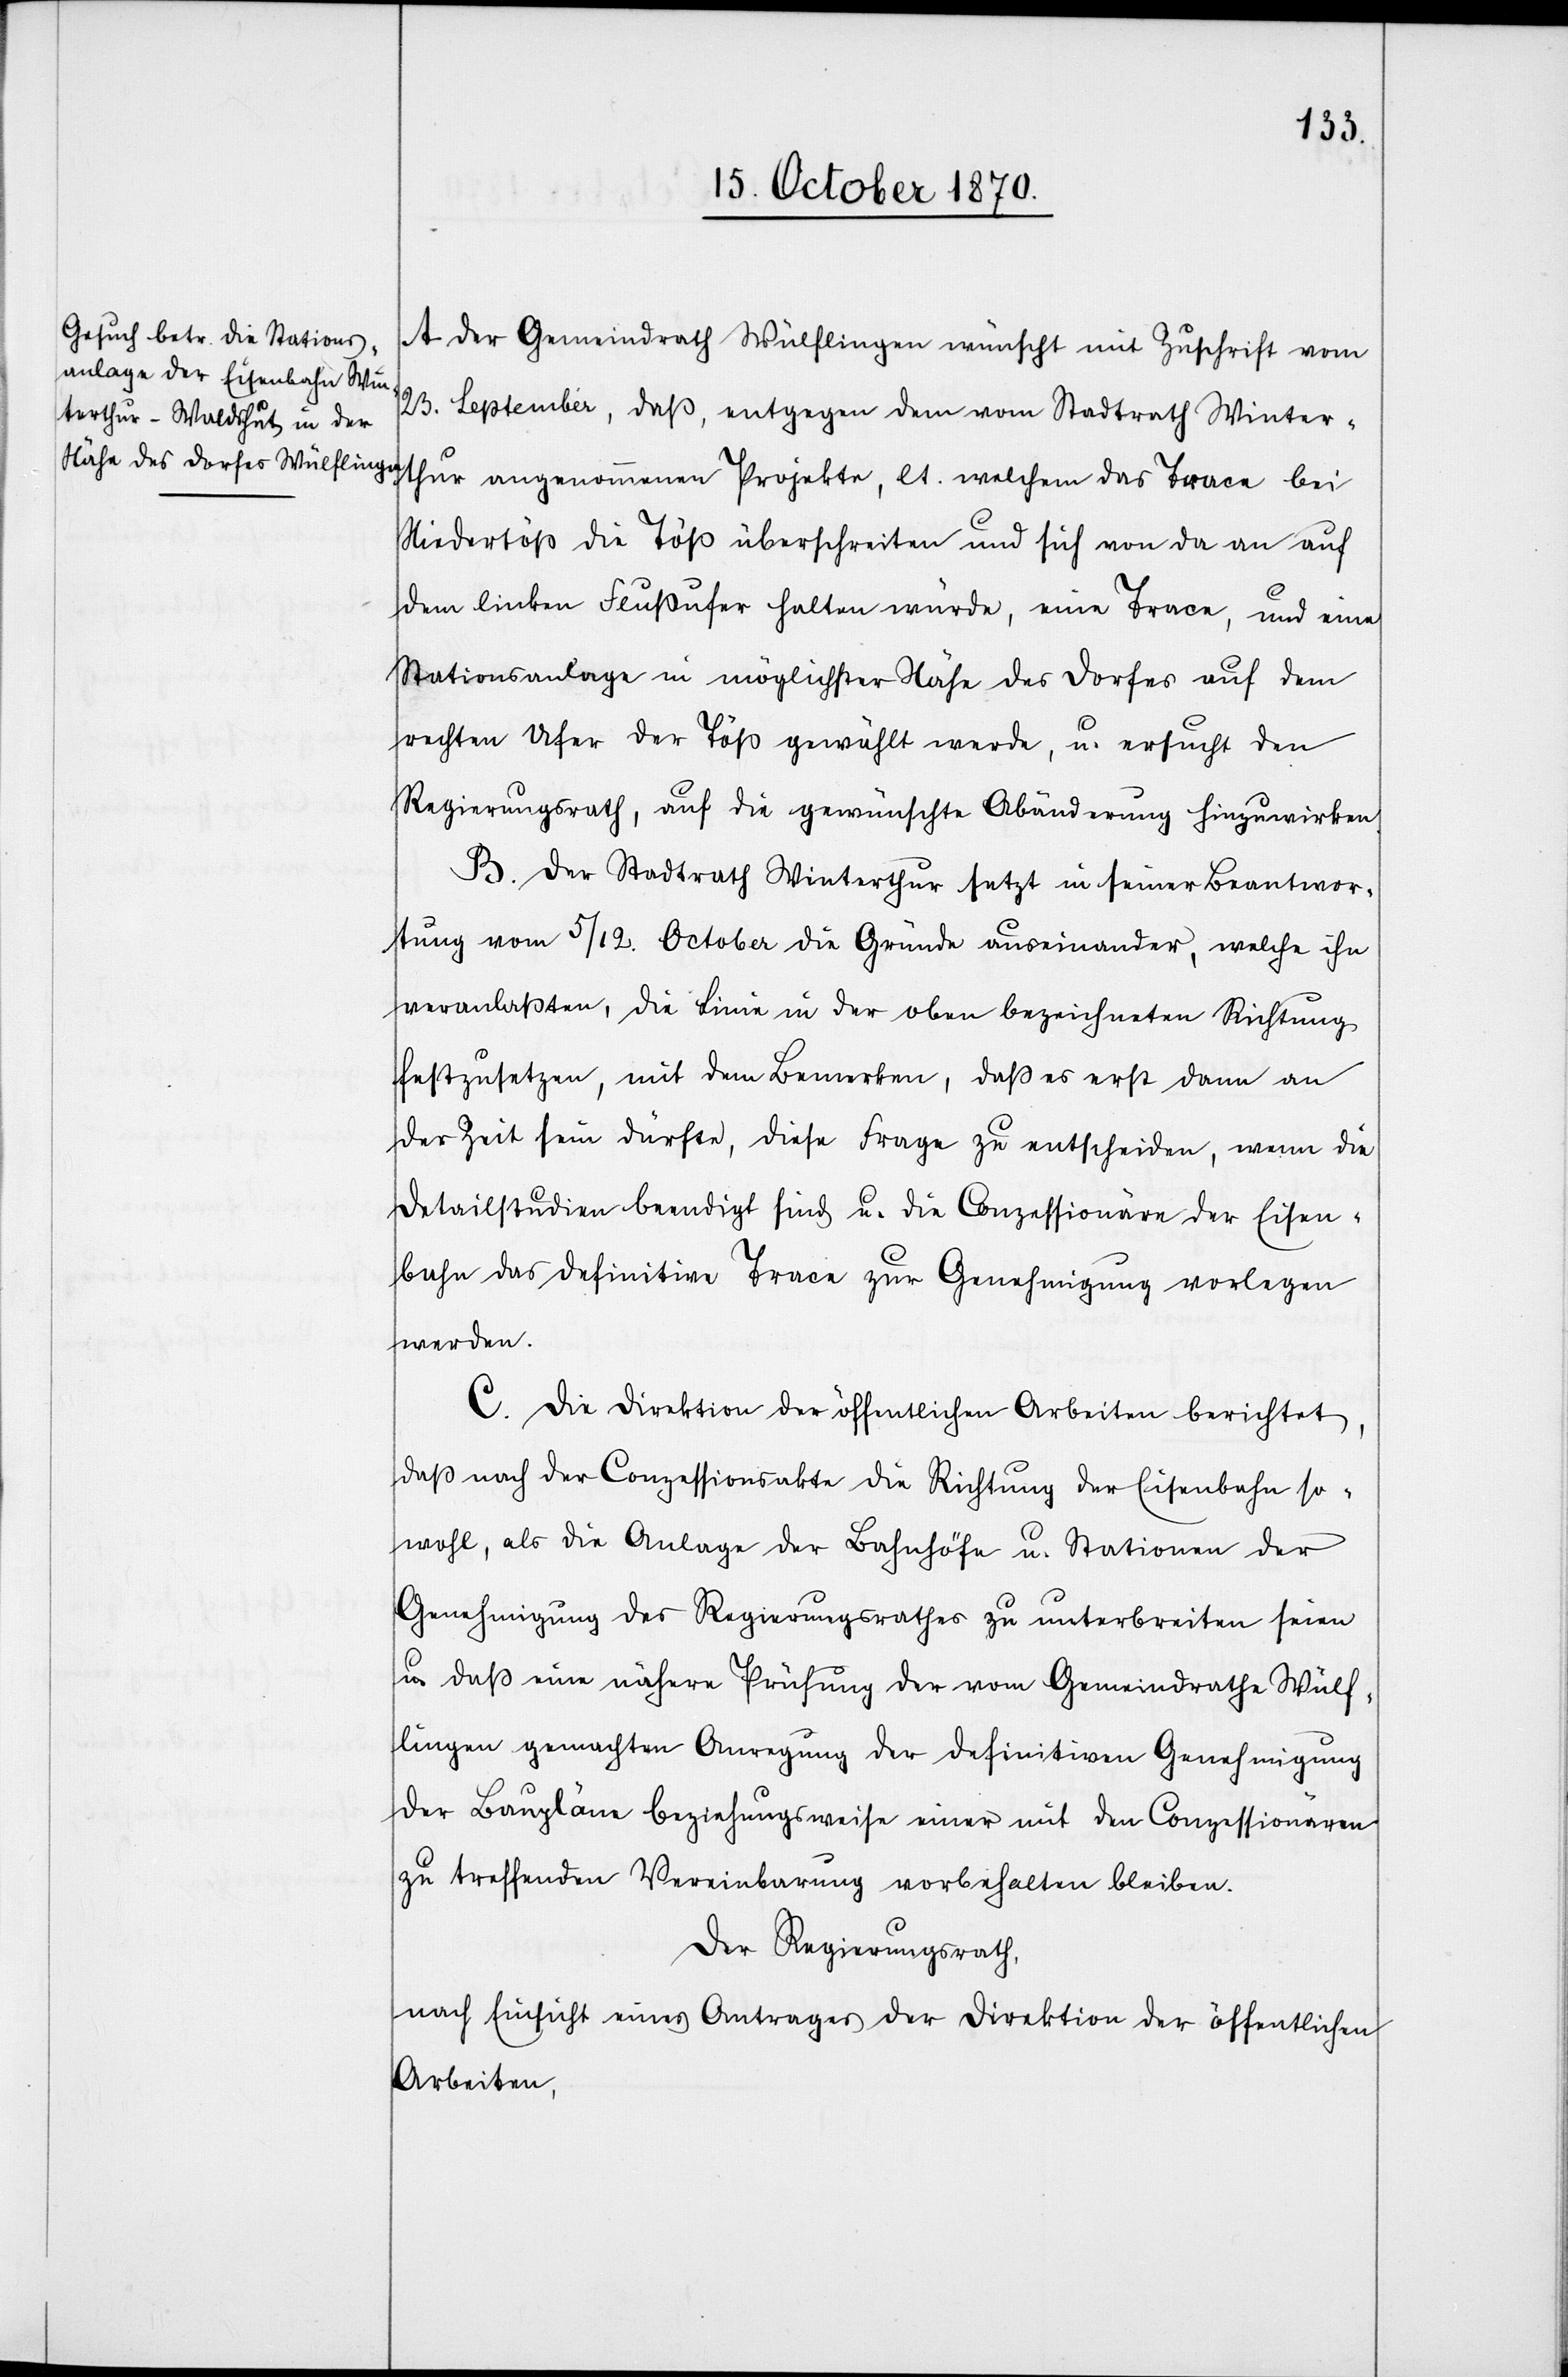
A. Der Gemeindrath Wülflingen wünscht mit Zuschrift vom
23. September, daß, entgegen dem vom Stadtrath Winter¬
thur angenommenen Projekte, lt. welchem das Trace bei
Niedertöß die Töß überschreiten und sich von da an auf
dem linken Flussufer halten würde, eine Trace, und eine
Stationsanlage in möglichster Nähe des Dorfes auf dem
rechten Ufer der Töß gewählt werde, u. ersucht den
Regierungsrath, auf die gewünschte Abänderung hinzuwirken.
B. Der Stadtrath Winterthur setzt in seiner Beantwor¬
tung vom 5. / 12. October die Gründe auseinander, welche ihn
veranlassten, die Linie in der oben bezeichneten Richtung
festzusetzen, mit dem Bemerken, daß es erst dann an
der Zeit sein dürfte, diese Frage zu entscheiden, wenn die
Detailstudien beendigt sind u. die Conzessionäre der Eisen¬
bahn das definitive Trace zur Genehmigung vorlegen
werden.
C. Die Direktion der öffentlichen Arbeiten berichtet,
daß nach der Conzessionsakte die Richtung der Eisenbahn so¬
wohl, als die Anlage der Bahnhöfe u. Stationen der
Genehmigung des Regierungsrathes zu unterbreiten seien
u. daß eine nähere Prüfung der vom Gemeindrathe Wülf¬
lingen gemachten Anregung der definitiven Genehmigung
der Baupläne beziehungsweise einer mit den Conzessionären
zu treffende Vereinbarung vorbehalten bleiben.
Der Regierungsrath,
nach Einsicht eines Antrages der Direktion der öffentlichen
Arbeiten,